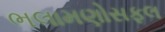
ભલામણોસફલ